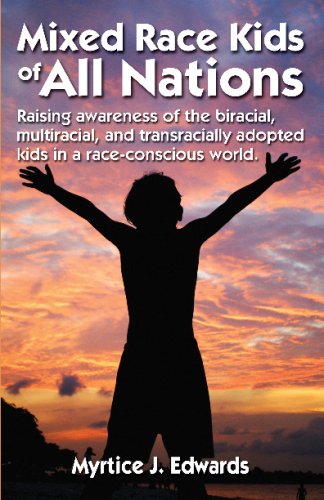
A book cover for Mixed Race Kids Of All Nations: Raising Awareness Of The Biracial, Multiracial, And Transracially Adopted Kids In A Race-Conscious W; Myrtice J. Edwards; Teen & Young Adult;